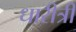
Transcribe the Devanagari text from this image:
धारीत्री